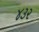
૪૩૨